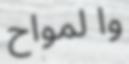
وا لمواح